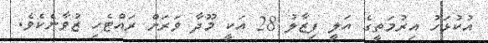
އުކުޅަހު އިރުމަތީގެ އަލީ ފިޒާލު 28 އަކީ މޫދާ ވަރަށް ރައްޓެހި ޒުވާނެކެވެ.